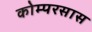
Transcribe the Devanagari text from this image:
कोम्परसास